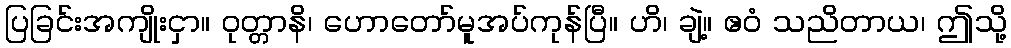
ပြခြင်းအကျိုးငှာ။ ဝုတ္တာနိ၊ ဟောတော်မူအပ်ကုန်ပြီ။ ဟိ၊ ချဲ့။ ဧဝံ သညိတာယ၊ ဤသို့